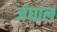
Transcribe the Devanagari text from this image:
जंघाल